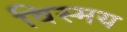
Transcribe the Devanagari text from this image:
विस्‍मय